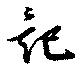
記